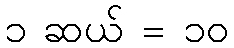
၁ ဆယ် = ၁၀